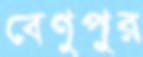
বেণুপুর